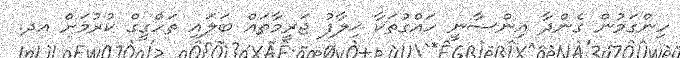
ހިންގަމުން ގެންދާ އިންސާނީ ހައްގުތަކާ ޚިލާފު ޖަރީމާތައް ބަލައި ތަހްގީގް ކުރުމަށް އދ.